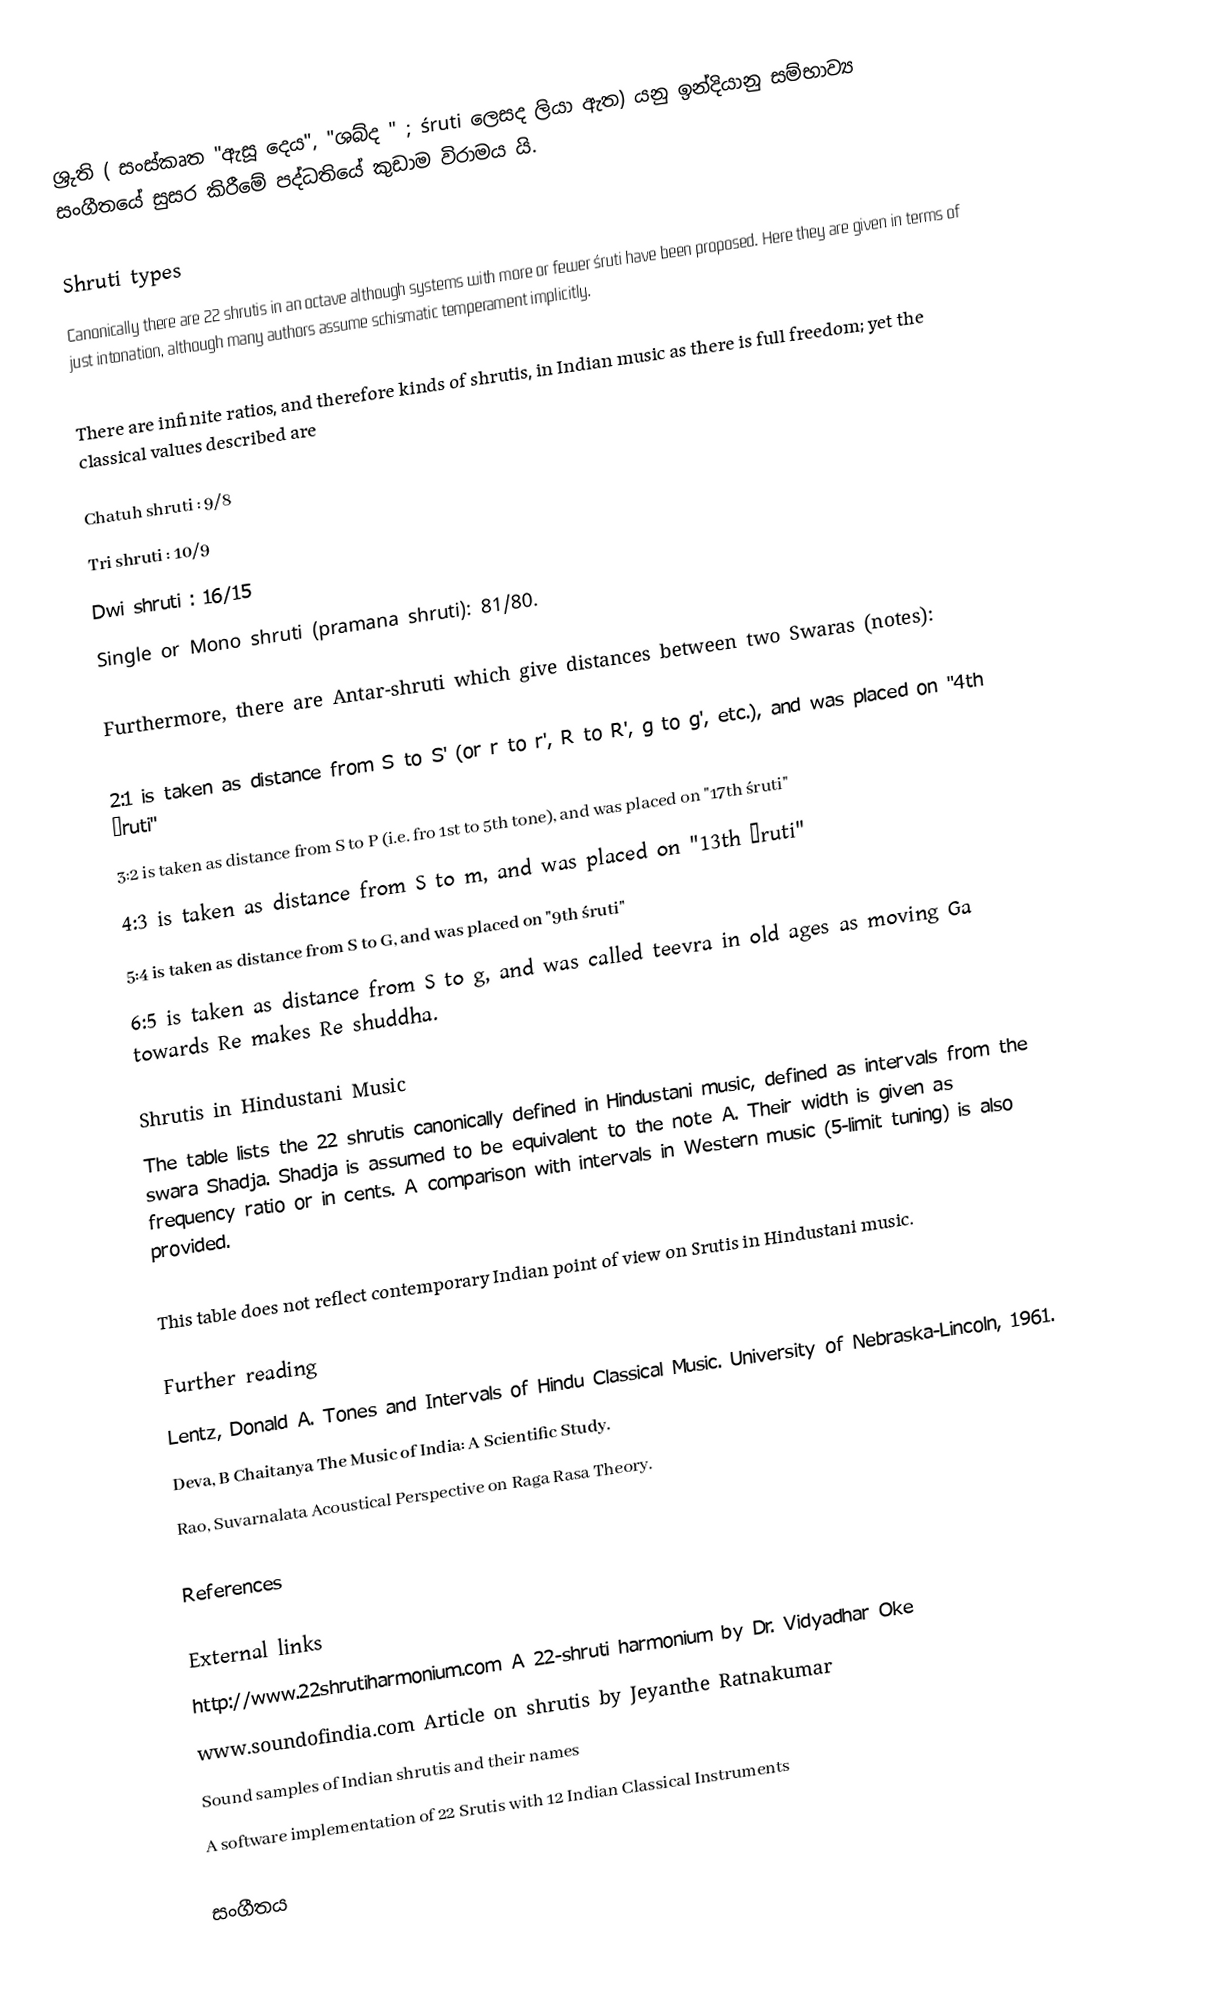
ශ්‍රුති ( සංස්කෘත "ඇසූ දෙය", "ශබ්ද " ; śruti ලෙසද ලියා ඇත) යනු ඉන්දියානු සම්භාව්‍ය සංගීතයේ සුසර කිරීමේ පද්ධතියේ කුඩාම විරාමය යි.

Shruti types
Canonically there are 22 shrutis in an octave although systems with more or fewer śruti have been proposed. Here they are given in terms of just intonation, although many authors assume schismatic temperament implicitly.

There are infinite ratios, and therefore kinds of shrutis, in Indian music as there is full freedom; yet the classical values described are

 Chatuh shruti : 9/8
 Tri shruti : 10/9
 Dwi shruti : 16/15
 Single or Mono shruti (pramana shruti): 81/80.

Furthermore, there are Antar-shruti which give distances between two Swaras (notes):

 2:1 is taken as distance from S to S' (or r to r', R to R', g to g', etc.), and was placed on "4th śruti"
 3:2 is taken as distance from S to P (i.e. fro 1st to 5th tone), and was placed on "17th śruti"
 4:3 is taken as distance from S to m, and was placed on "13th śruti"
 5:4 is taken as distance from S to G, and was placed on "9th śruti"
 6:5 is taken as distance from S to g, and was called teevra in old ages as moving Ga towards Re makes Re shuddha.

Shrutis in Hindustani Music
The table lists the 22 shrutis canonically defined in Hindustani music, defined as intervals from the swara Shadja. Shadja is assumed to be equivalent to the note A. Their width is given as frequency ratio or in cents. A comparison with intervals in Western music (5-limit tuning) is also provided.

This table does not reflect contemporary Indian point of view on Srutis in Hindustani music.

Further reading
 Lentz, Donald A. Tones and Intervals of Hindu Classical Music. University of Nebraska-Lincoln, 1961.
 Deva, B Chaitanya The Music of India: A Scientific Study.
 Rao, Suvarnalata Acoustical Perspective on Raga Rasa Theory.

References

External links
 http://www.22shrutiharmonium.com A 22-shruti harmonium by Dr. Vidyadhar Oke
 www.soundofindia.com Article on shrutis by Jeyanthe Ratnakumar
 Sound samples of Indian shrutis and their names
 A software implementation of 22 Srutis with 12 Indian Classical Instruments

සංගීතය